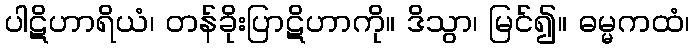
ပါဋိဟာရိယံ၊ တန်ခိုးပြာဋိဟာကို။ ဒိသွာ၊ မြင်၍။ ဓမ္မကထံ၊